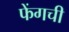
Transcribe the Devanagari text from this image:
फेंगची